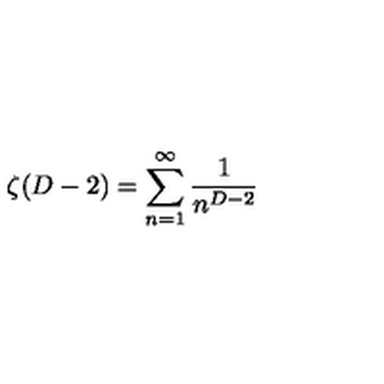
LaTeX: \zeta ( D - 2 ) = \sum _ { n = 1 } ^ { \infty } \frac { 1 } { n ^ { D - 2 } }